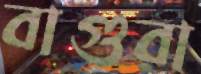
বাগুরা